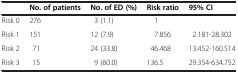
<table><thead><tr><td><b> </b></td><td><b>No. of patients</b></td><td><b>No. of ED (%)</b></td><td><b>Risk ratio</b></td><td><b>95% CI</b></td></tr></thead><tbody><tr><td>Risk 0</td><td>276</td><td>3 (1.1)</td><td>1</td><td> </td></tr><tr><td>Risk 1</td><td>151</td><td>12 (7.9)</td><td>7.856</td><td>2.181-28.302</td></tr><tr><td>Risk 2</td><td>71</td><td>24 (33.8)</td><td>46.468</td><td>13.452-160.514</td></tr><tr><td>Risk 3</td><td>15</td><td>9 (60.0)</td><td>136.5</td><td>29.354-634.752</td></tr></tbody></table>